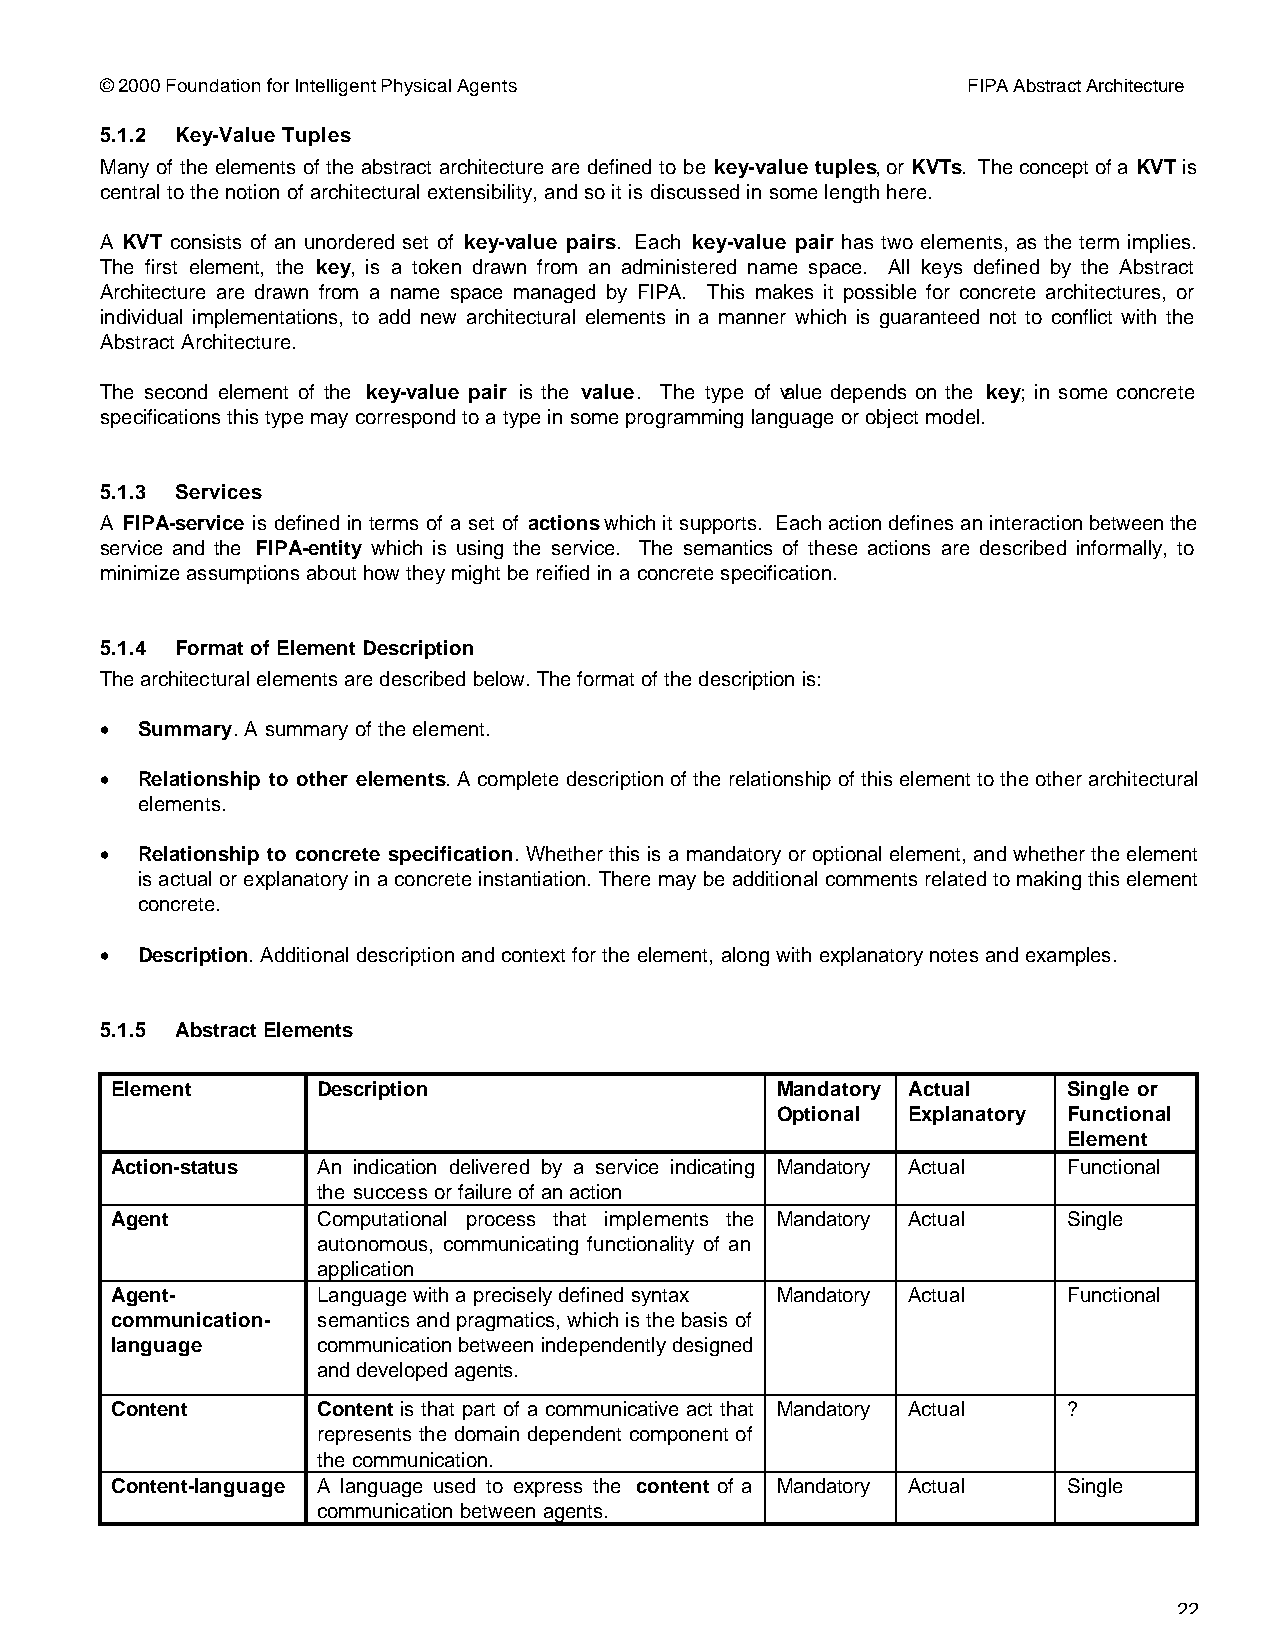
© 2000 Foundation for Intelligent Physical Agents        FIPA Abstract Architecture
 5.1.2 Key-Value Tuples
 Many of the elements of the abstract architecture are defined to be key-value tuples, or KVTs. The concept of a KVT is
 central to the notion of architectural extensibility, and so it is discussed in some length here.
 A KVT consists of an unordered set of key-value pairs. Each key-value pair has two elements, as the term implies.
 The first element, the key, is a token drawn from an administered name space. All keys defined by the Abstract
 Architecture are drawn from a name space managed by FIPA. This makes it possible for concrete architectures, or
 individual implementations, to add new architectural elements in a manner which is guaranteed not to conflict with the
 Abstract Architecture.
 The second element of the key-value pair is the value. The type of value depends on the key; in some concrete
 specifications this type may correspond to a type in some programming language or object model.
 5.1.3 Services
 A FIPA-service is defined in terms of a set of actions which it supports. Each action defines an interaction between the
 service and the FIPA-entity which is using the service. The semantics of these actions are described informally, to
 minimize assumptions about how they might be reified in a concrete specification.
 5.1.4 Format of Element Description
 The architectural elements are described below. The format of the description is:
 • Summary. A summary of the element.
 • Relationship to other elements. A complete description of the relationship of this element to the other architectural
 elements.
 • Relationship to concrete specification. Whether this is a mandatory or optional element, and whether the element
 is actual or explanatory in a concrete instantiation. There may be additional comments related to making this element
 concrete.
 • Description. Additional description and context for the element, along with explanatory notes and examples.
 5.1.5 Abstract Elements
 Element       Description                   Mandatory Actual    Single or
 Optional Explanatory Functional
 Element
 Action-status An indication delivered by a service indicating Mandatory Actual Functional
 the success or failure of an action
 Agent         Computational process that implements the Mandatory Actual Single
 autonomous, communicating functionality of an
 application
 Agent-        Language with a precisely defined syntax Mandatory Actual Functional
 communication- semantics and pragmatics, which is the basis of
 language      communication between independently designed
 and developed agents.
 Content       Content is that part of a communicative act that Mandatory Actual ?
 represents the domain dependent component of
 the communication.
 Content-language A language used to express the content of a Mandatory Actual Single
 communication between agents.
 22